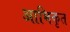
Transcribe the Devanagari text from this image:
आभिकृत